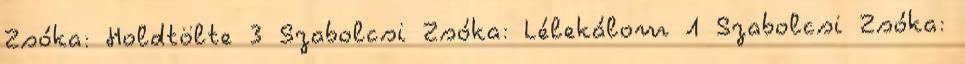
Zsóka: Holdtölte 3 Szabolcsi Zsóka: Lélekálom 1 Szabolcsi Zsóka: